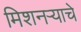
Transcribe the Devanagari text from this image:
मिशनर्‍याचे